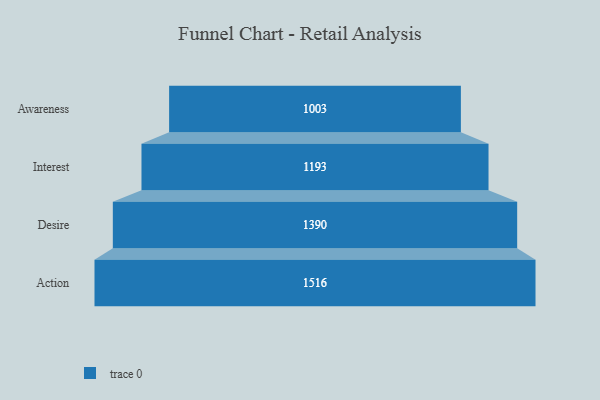
{"axis": {"x": "Stage", "y": "Value"}, "legend": [""], "data": [{"x": "Awareness", "y": 1003.0, "type": ""}, {"x": "Interest", "y": 1193.0, "type": ""}, {"x": "Desire", "y": 1390.0, "type": ""}, {"x": "Action", "y": 1516.0, "type": ""}]}